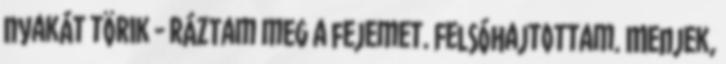
nyakát törik - ráztam meg a fejemet. Felsóhajtottam. Menjek,